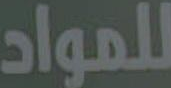
للمواد